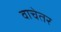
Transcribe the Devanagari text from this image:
वाचेतर